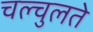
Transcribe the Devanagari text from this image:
चल्चुलते